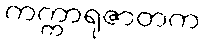
ကက္ကာရုဇာတက